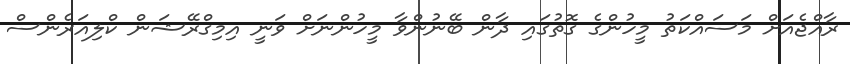
ރާއްޖެއަށް މަސައްކަތު މީހުންގެ ގޮތުގައި ދާން ބޭނުންވާ މީހުންނަށް ވަނީ އިމިގްރޭޝަން ކްލިއަރެންސް